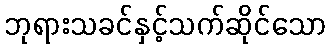
ဘုရားသခင်နှင့်သက်ဆိုင်သော